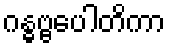
ဂန္ဓဗ္ဗပေါတိကာ